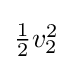
{\textstyle {\tfrac {1}{2}}v_{2}^{2}}